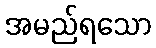
အမည်ရသော